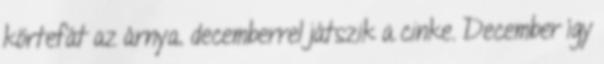
körtefát az árnya. decemberrel játszik a cinke. December így